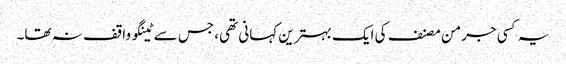
یہ کسی جرمن مصنف کی ایک بہترین کہانی تھی، جس سے ٹینگو واقف نہ تھا۔